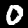
Label: 0